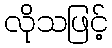
လိုသဖြင့်